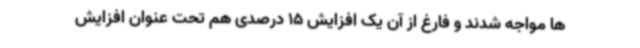
ها مواجه شدند و فارغ از آن یک افزایش 15 درصدی هم تحت عنوان افزایش